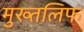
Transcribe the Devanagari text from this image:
मुख्तलिफ